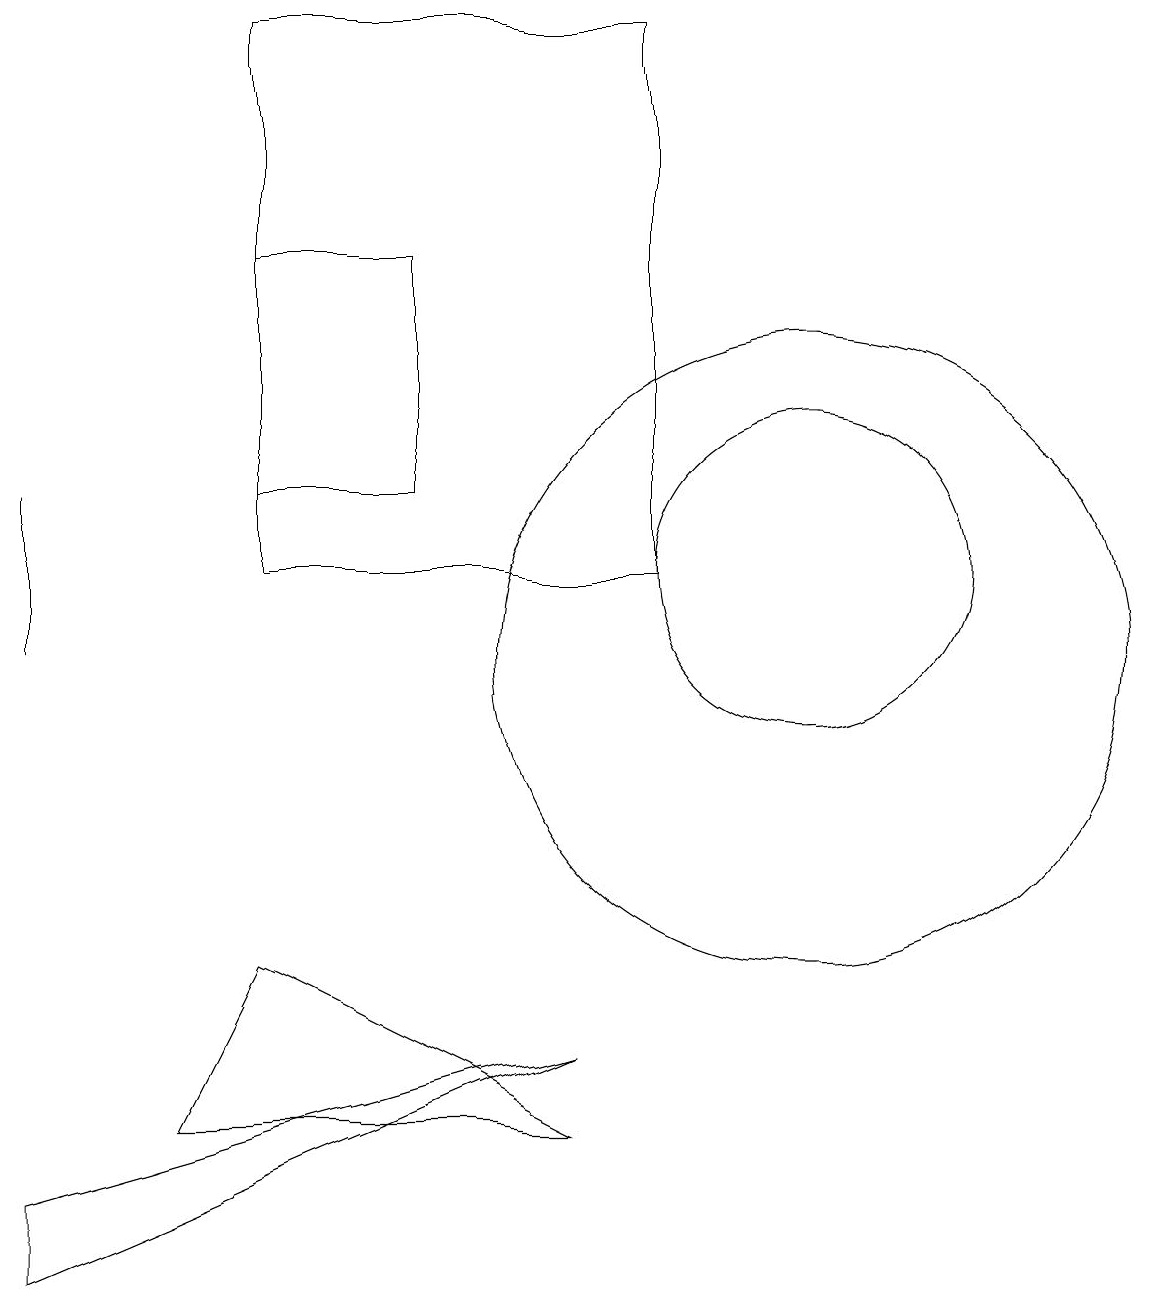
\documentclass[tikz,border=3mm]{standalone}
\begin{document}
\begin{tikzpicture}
\draw (1,10) rectangle (1,12);
\draw (4,15) rectangle (6,12);
\draw (1,2) -- (8,5) -- (1,3) -- cycle;
\draw (9,11) rectangle (4,18);
\draw (11,11) circle (0);
\draw (11,10) circle (4);
\draw (8,4) -- (4,6) -- (3,4) -- cycle;
\draw (11,11) circle (2);
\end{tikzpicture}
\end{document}